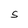
Character: S